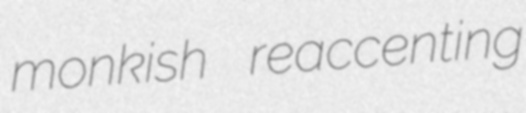
monkish reaccenting